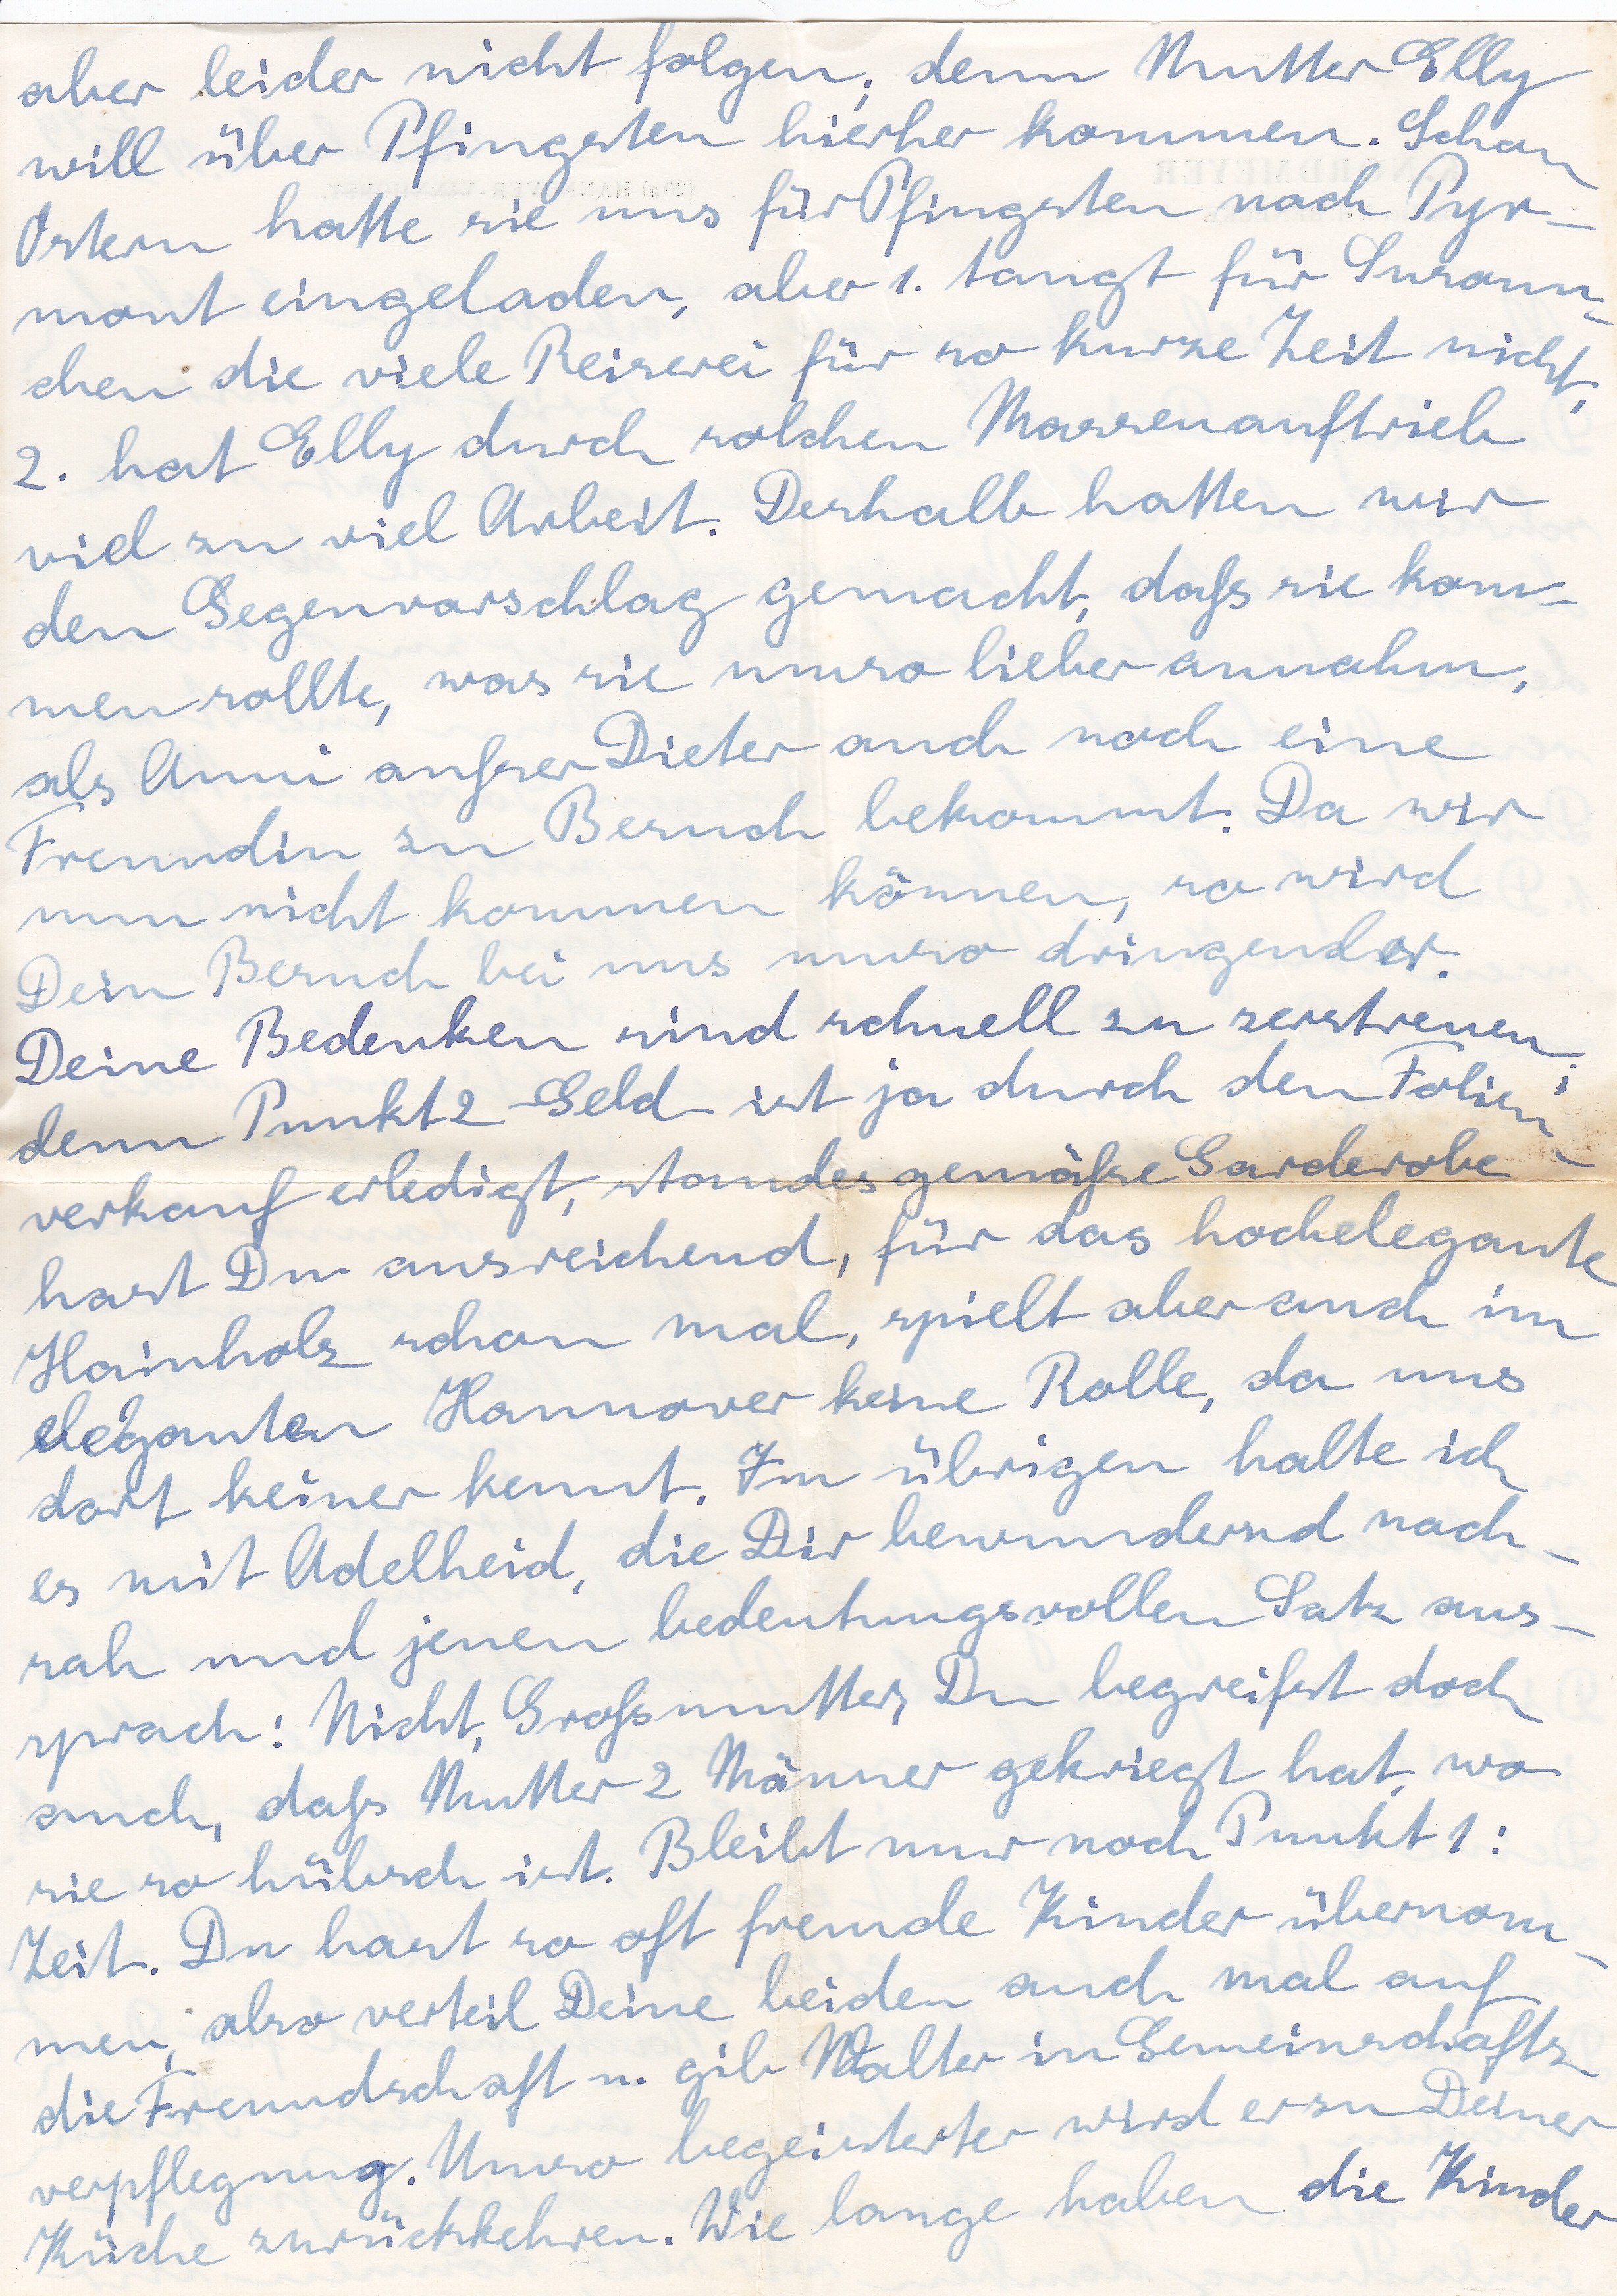
aber leider nicht folgen, denn Mutter Elly
will über Pfingsten hierher kommen. Schon
Ostern hatte sie uns für Pfingsten nach Pyr
mont eingeladen, aber 1. taugt für Susann
chen die viele Reiserei für so kurze Zeit nicht
2. hat Elly durch solchen Massenauftrieb
viel zu viel Arbeit. Deshalb hatten wir
den Gegenvorschlag gemacht, daß sie kom
men sollte, was sie umso lieber annahm,
als Anni außer Dieter auch noch eine
Freundin zu Besuch bekommt. Da wir
nun nicht kommen können, so wird
Dein Besuch bei uns umso dringender.
Deine Bedenken sind schnell zu zerstreuen
denn Punkt 2 Geld ist ja durch den Folien
verkauf erledigt, standesgemäße Garderobe
hast Du ausreichend, für das hochelegante
Hainholz schon mal, spielt aber auch im
eleganten Hannover keine Rolle, da uns
dort keiner kennt. Im übrigen halte ich
es mit Adelheid, die Dir bewundernd nach
sah und jenen bedeutungsvollen Satz aus
sprach: Nicht, Großmutter, Du begreifst doch
auch daß Mutter 2 Männer gekriegt hat, wo
sie so hübsch ist. Bleibt nur noch Punkt 1:
Zeit. Du hast so oft fremde Kunder übernom
men, aber verteil Deine beiden auch mal auf
die Freundschaft u. gib Walter in Gemeinschafts
verpflegung. Umso begeisterter wird er zu Deiner
die Kinder
Küche zurückkehren. Wie lange haben